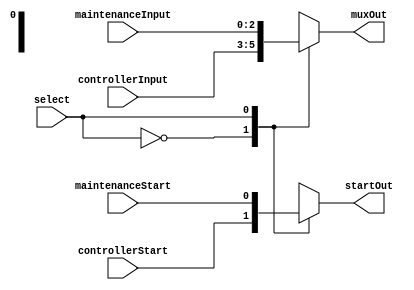
module multiplexerFour(select, muxOut, startOut, controllerInput, maintenanceInput, controllerStart, maintenanceStart);

input [0:0] select;	//select line
input controllerStart, maintenanceStart;	//two options for the start line
input [2:0] controllerInput, maintenanceInput;	//two options for the input for colour

output startOut;	//start output
output [2:0] muxOut;	//colour output

//reg
reg startOut;
reg [2:0] muxOut;

//state
parameter controller = 1'b0, maintenance = 1'b1; 

always@(select or controllerInput or maintenanceStart or controllerStart or maintenanceInput)
	begin
		case(select)
			controller:
				begin
				startOut <= controllerStart;	//set output to normal mode start
				muxOut <= controllerInput;	//set output to normal mode input
				end
			maintenance:
				begin
				startOut <= maintenanceStart;	//set output to normal mode start
				muxOut <= maintenanceInput;	//set output to maintenance mode input
				end
		endcase
	end
endmodule